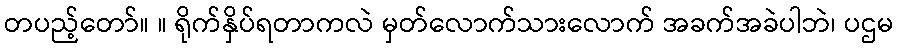
တပည့်တော်။ ။ ရိုက်နှိပ်ရတာကလဲ မှတ်လောက်သားလောက် အခက်အခဲပါဘဲ၊ ပဌမ